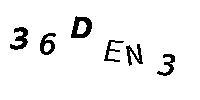
36DEN3